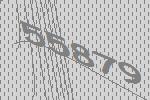
55879